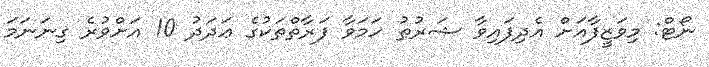
ނޯޓް: މިވަޒީފާއަށް އެދިފައިވާ ޝަރުޠު ހަމަވާ ފަރާތްތަކުގެ ޢަދަދު 10 އަށްވުރެ ގިނަނަމަ